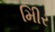
મીિર